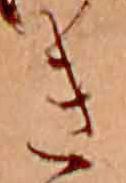
き